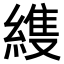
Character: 𮈳